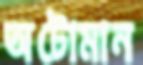
অটোমান